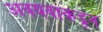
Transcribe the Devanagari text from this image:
अवयवाकडून